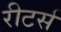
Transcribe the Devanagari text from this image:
रीटर्स